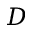
D